Annual report on the mental hospital in the Central Provinces and Berar (Nagpur) - 1927-1951
Year: 1927
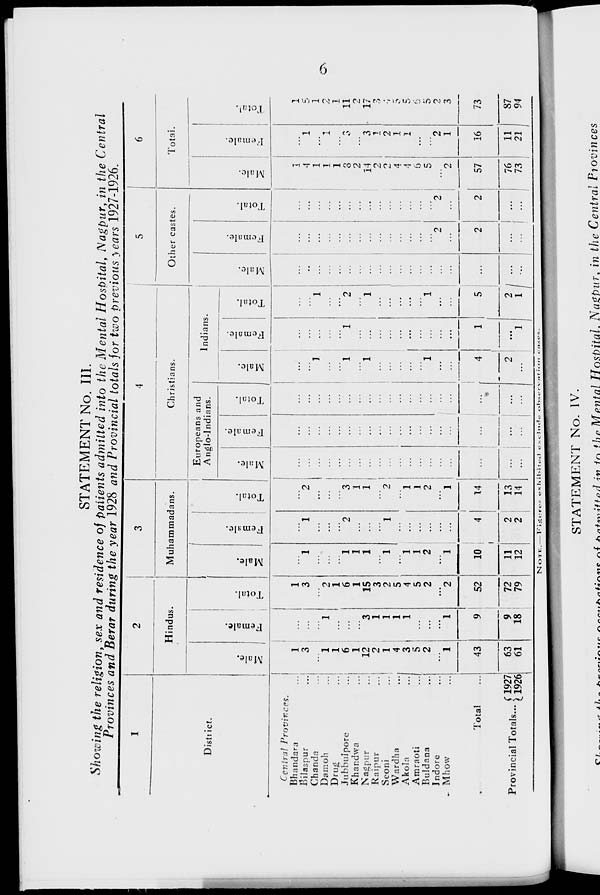
6
STATEMENT No. III.
Showing the religion, sex and residence of patients admitted into the Mental Hospital, Nagpur, in the Central
Provinces and Berar during the year 1928 and Provincial totals for two previous years 1927-1926.
1
District.
Central Provinces.
Bhandara ...
Bilaspur ...
Chanda ...
Damoh ...
Drug ...
Jubbulpore ...
Khandwa ...
Nagpur ...
Raipur ...
Seoni ...
Wardha ...
Akola ...
Amraoti ...
Buldana ...
Indore ...
Mhow ...
Total ...
Provincial Totals ... 1927
1926
2
Hindus.
Male.
1
3
...
1
1
6
1
12
2
1
4
3
5
2
...
1
43
63
61
Female.
...
...
...
1
...
...
...
3
1
1
1
1
...
...
...
1
9
9
18
Total.
1
3
...
2
1
6
1
15
3
2
5
4
5
2
...
2
52
72
79
3
Muhammadans.
Male.
...
1
...
...
...
1
1
1
...
1
...
1
1
2
...
1
10
11
12
Female.
...
1
...
...
...
2
...
...
...
1
...
...
...
...
...
...
4
2
2
Total.
...
2
...
...
...
3
1
1
...
2
...
1
1
2
...
1
14
13
14
4
Christians.
Europeans and
Anglo-Indians.
Male.
...
...
...
...
...
...
...
...
...
...
...
...
...
...
...
...
...
...
...
Female.
...
...
...
...
...
...
...
...
...
...
...
...
...
...
...
...
...
...
...
Total.
...
...
...
...
...
...
...
...
...
...
...
...
...
...
...
...
...
...
...
Indians.
Male.
...
...
1
...
...
1
...
1
...
...
...
...
...
1
...
...
4
2
...
Female.
...
...
...
...
...
1
...
...
...
...
...
...
...
...
...
...
1
...
1
Total.
...
...
1
...
...
2
...
1
...
...
...
...
...
1
...
...
5
2
1
5
Other castes.
Male.
...
...
...
...
...
...
...
...
...
...
...
...
...
...
...
...
...
...
...
Female.
...
...
...
...
...
...
...
...
...
...
...
...
...
...
2
...
2
...
...
Total.
...
...
...
...
...
...
...
...
...
...
...
...
...
...
2
...
2
...
...
6
Total.
Male.
1
4
1
1
1
8
2
14
2
2
4
4
6
5
...
2
57
76
73
Female.
...
1
...
1
...
3
...
3
1
2
1
1
...
...
2
1
16
11
21
Total.
1
5
1
2
1
11
2
17
3
4
5
5
6
5
2
3
73
87
94
NOTE.—Figures exhibited exclude observation
cases.